Vital statistics of India. Vol. IV, Annual returns from 1871 to 1876. British Army of India, Native Army and jails of Bengal
Year: 1871
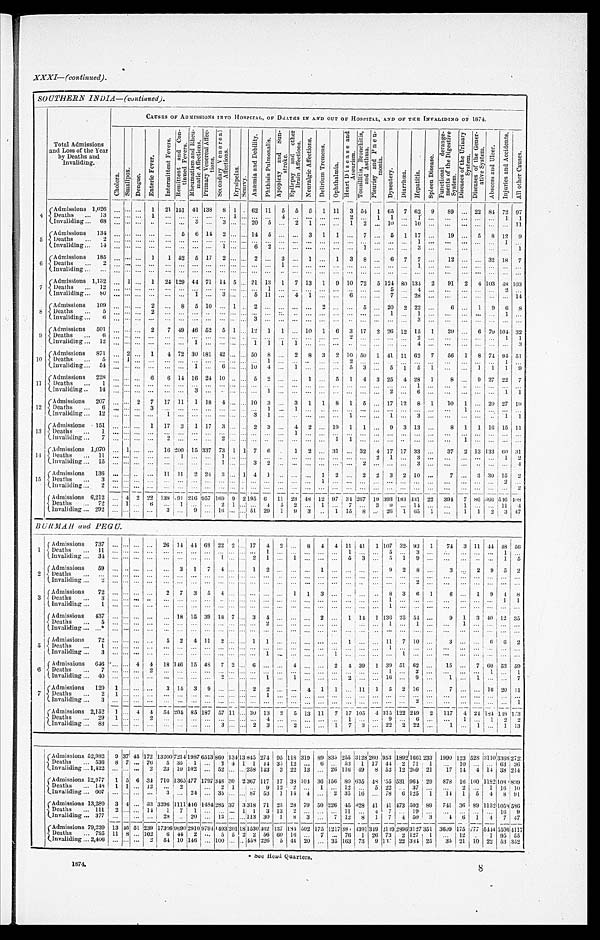
1874.
8
XXXI—(continued).
SOUTHERN INDIA— (continued).
Total Admissions
and Loss of the Year
by Deaths and
Invaliding.
CAUSES OF ADMISSIONS INTO HOSPITAL, OF DEATHS IN AND OUT OF HOSPITAL, AND OF THE INVALIDING, OF 1874.
C h o l e r a .
S m a l l p o x .
D e n g u e .
E n t e r i c F e v e r .
I n t e r m i t t e n t F e v e r s .
R e m i t t e n t a n d C o n - t i n u e d F e v e r s . R h e u m a t i s m a n d R h e u - m a t i c A f f e c t i o n s .
P r i m a r y V e n e r e a l A f f e c - t i o n s .
S e c o n d a r y V e n e r e a l A f f e c t i o n s .
Er y s i p e l a s .
S c u r v y .
A n æ m i a a n d D e b i l i t y . P h t h i s i s P u l m o n a l i s . A p o p l e x y a n d S u n - s t r o k e .
E p i l e p s y a n d o t h e r B r a i n A f f e c t i o n s .
N e u r a l g i c A f f e c t i o n s .
D e l i r i u m T r e m e n s .
O p h t h a l m i a .
H e a r t D i s e a s e a n d A n e u r i s m .
T o n s i l l i t i s , B r o n c h i t i s , a n d A s t h m a .
P l e u r i s y a n d P n e u - m o n i a .
D y s e n t e r y .
D i a r r h œ a . Hepat i t i s.
S p l e e n D i s e a s e .
F u n c t i o n a l d e r a n g e - m e n t s o f t h e D i g e s t i v e S y s t e m .
D i s e a s e s o f t h e U r i n a r y S y s t e m .
D i s e a s e s o f t h e G e n e r - a t i v e S y s t e m .
A b s c e s s a n d U l c e r .
I n j u r i e s a n d A c c i d e n t s .
A l l o t h e r C a u s e s .
4
Admissions 1,026
. . .
. . . . . .
1
21 151 41 138
8 1
. . . 62 11
5
5
5
1 11
3 54 1 65
7 62
9
89 . . . 22 84 72 97
Deaths . . .
13
. . .
. . .
. . . 1
. . .
. . .
. . .
. . .
. . . 1
. . .
. . .. . .
4
. . .
. . . . . . . . .
2
. . . 1
1
. . .
1
. . .
. . .
. . .
. . .
. . . 1
1
Invaliding . . .
6 8 . . .
. . . . . .
. . .
. . .
. . .
3
. . .
3
. . . . . .
2 0
5
. . .
2
1 . . . . . .
1
2
. . .
1 0
. . .
1 0
. . .
. . .
. . .
. . .
. . . . . .
1 1
5
Admissions
134
. . .
. . . . . .
. . .
. . .
5 6 14
2
. . .
. . . 14
5
. . .
. . . 3
1
1
. . .
7
. . . 5
1 17
. . .
19 . . .
5
8 12
9
Deaths . . .
2
. . .
. . . . . .
. . .
. . .
. . .
. . .
. . .
. . .
. . .
. . .
. . . . . .
. . .
. . .
. . . . . .
. . .
. . .
. . .
. . .
. . .
. . .
1
. . .
. . .
. . .
. . .
. . . 1
. . .
Invaliding . . .
1 4 . . .
. . .. . .
. . .
. . .
. . .
. . .
. . .
1
. . . . . .
6 2
. . .
. . .
. . . . . . . . .
. . .
1
. . .
. . .
. . .
3
. . .
. . .
. . .
. . .
. . . . . .
1
6
Admissions
185
. . .
. . . . . .
1
1 52
5 17
2
. . .
. . .
2 . . .
3
. . .
1 . . .
1
3
8
. . . 6
7
7
. . .
12
. . . . . . 32 18
7
Deaths . . .
2 . . .
. . .. . .
. . .
. . .
. . .
. . .
. . .
. . .
. . . . . .
. . .. . .
1
. . .
. . . . . . . . .
. . .
. . .
. . .
. . .
. . .
1
. . .
. . .
. . .
. . .
. . . . . .
. . .
Invaliding . . .
. . . . . .
. . .. . .
. . .
. . .
. . .
. . .
. . .
. . .
. . . . . .
. . .. . .
. . .
. . .
. . . . . . . . .
. . .
. . .
. . .
. . .
. . .
. . .
. . .
. . .
. . .
. . .
. . . . . .
. . .
7
Admissions 1,132
. . .
1 . . .
1
24 129 44 71 14 5
. . . 21 13
1
7 13
1
9 10 72
5 124 80 134
2
91
2
4 103 48 103
Deaths . . .
12
. . .
. . . . . .
. . .
. . .
. . .
. . .
. . .
. . .
. . .
. . .
. . . 1
. . .
. . .
. . . . . .
. . .
. . .
. . .
. . .
5
. . .
4
. . .
. . .
. . .
. . .
. . . 2
. . .
Invaliding . . . 80
. . .
. . . . . .
. . .
. . .
. . .
1
. . .
3
. . .
. . .
5 11
. . . 4
1 . . . . . .
6
. . .
. . .
7
. . .
2 8
. . .
. . .
. . .
. . .
. . . . . .
1 4
8
Admissions
109
. . . . . . . . .
2
. . . 8
5 10
. . . 1
. . . 2 . . .
. . .
. . .
. . .
2
. . .
. . . 5
. . . 20
2 22
. . .
6
. . .
1
9
6
8
Deaths . . .
5 . . .
. . . . . .
2
. . .
. . .
. . .
. . .
. . .
. . . . . .
. . .. . .
. . .
. . .
. . .. . . . . .
. . .
. . .
. . .
1
. . .
1
. . .
. . .
. . .
. . .
. . . 1
. . .
Invaliding . . .
6
. . .
. . . . . .
. . .
. . .
. . .
. . .
. . .
. . .
. . . . . .
3 . . .
. . .
. . .
. . .. . . . . .
. . .
. . .
. . .
. . .
. . .
3
. . .
. . .
. . .
. . .
. . . . . .
. . .
9
Admissions
501
. . .
. . . . . .
2
7 49 46 52
5 1
. . . 12
1
1
. . . 10
1
6
3 17
2 26 12 15
1
20
. . . 6 70 104 32
Deaths . . .
6 . . .
. . .. . .
. . .
. . .
. . .
. . .
. . .
. . . . . .
. . .
. . .
. . .
. . .
. . .
. . .
. . .. . .
2
. . .
. . .
. . .
. . .2
. . .
. . .
. . .
. . .
. . .1
1
Invaliding . . .
1 2 . . .
. . .. . .
. . .
. . .
. . .
1
. . .
. . . . . .
. . .
1
1
1
1
. . .
. . .. . .
. . .
. . .
. . .
. . .
. . .4
. . .
. . .
. . .
. . .
. . .. . .
3
10
Admissions
871
. . . 2 . . .
1
4 72 30 181 42 . . .
. . . 50
8
. . . 2
8
3
2 10 50
1 41 11 62
7
56
1
8 74
94 51
Deaths . . .
5 . . .
1 . . .
. . .
. . .
. . .
. . .
. . .
. . . . . .
. . .
. . .
1
. . .
. . .
. . .
. . .. . .
2
. . .
. . .
. . . . . . . . .
. . .
. . .
. . .
. . .
. . .1
. . .
Invaliding . . .
54
. . .
. . .. . .
. . .
. . .
. . . 1
. . .
6 . . .
. . . 10
4
. . .
1
. . .
. . .
. . .
5
3
. . .
5
1
5
1
. . .
. . .
1
1
1
9
11
Admissions
228
. . .
. . . . . .
6
6 14 16 24 10 . . .
. . . 5
2
. . .
. . .
1
. . .
5
1
4
3 25
4 28
1
8
. . .
9 27 22
7
Deaths . . .
1 . . .
. . .. . .
. . .
. . .
. . .
. . .
. . .
. . . . . .
. . .
. . .
. . .
. . .
. . .
. . .
. . .. . .
. . .
. . .
. . .
. . .
. . .1
. . .
. . .
. . . . . .
. . . . . .
. . .
Invaliding . . .
1 4 . . .
. . .. . .
. . .
. . .
. . .
3
. . .
. . . . . .
. . .
. . .
1
. . .
. . .
. . .
. . .. . .
. . .
. . .
. . .
2
. . .6
. . .
. . .
. . .
. . .
. . .
1
1
12
Admissions
207
. . .
. . . 2
7
17 11
1 18
4 . . .
. . . 10
3
. . .
3
1
1
8
1
5
. . . 17 12
8
1
10
1
. . .
20 27 19
Deaths . . .
6
. . .
. . .. . .
3
. . .
. . .
. . .
. . .
. . .. . .
. . .
. . .
1
. . .
1
. . .
. . .. . .
. . .
. . .
. . .
. . .
. . .. . .
. . .
. . .
1
. . .
. . .. . .
. . .
Invaliding . . .
1 2 . . .
. . .. . .
. . .
1
. . .
. . .
. . .
. . .. . .
. . .
3
1
. . .
. . .
. . .
. . .. . .
1
. . .
. . .
1
. . .3
. . .
. . .
. . .
. . .
. . . 1
1
13
Admissions
151
. . .
. . .. . .
1
17
3
1 17
3 . . .
. . . 2
3
. . .
4
2
. . . 19
1
1
. . . 9
3 13
. . .
8
1
1 16 15 11
Deaths . . .
1 . . .
. . .. . .
. . .
. . .
. . .
. . .
. . .
. . . . . .
. . .
. . .
. . .
. . .
1
. . .
. . .. . .
. . .
. . .
. . .
. . .
. . .. . .
. . .
. . .
. . .
. . .
. . .. . .
. . .
Invaliding . . .
7
. . .
. . .. . .
. . .
2
. . .
. . .
. . .
2 . . .
. . .
. . .
. . .
. . .
. . .
. . .
. . .1
1
. . .
. . .
. . .
. . .. . .
. . .
. . .
1
. . .
. . .. . .
. . .
14
Admissions 1,070
. . .
1 . . .
. . .
16 200 15 337 73 1 1 7
6
. . .
1
2
. . . 31
. . . 32
4 17 17 33
. . .
37
2 13 133 60 31
Deaths . . .
11
. . .
. . . . . .
. . .
. . .
1
. . .
. . .
1 . . .
. . .
. . .
. . .
. . .
. . .
. . .
. . .. . .
. . .
. . .
2
1
. . .3
. . .
. . .
. . .
. . .
. . .1
2
Invaliding . . .
15
. . .
. . . . . .
. . .
. . .
. . .
. . .
. . .
1 . . .
. . .
3
2
. . .
. . .
. . .
. . .. . .
. . .
2
. . .
. . .
. . .3
. . .
. . .
. . .
. . .
. . .. . .
4
15
Admissions
136
. . .
. . . . . .
. . .
11 11
2 24
3 . . . 1 4
1
. . .
. . .
. . .
1
2
. . . 2
2
3
2 10
. . .
7
. . . 3 30 15
2
Deaths . . .
3
. . .
. . . . . .
. . .
. . .
. . .
. . .
. . .
. . . . . . . . .
. . .
. . .
. . .
. . .
. . .
1 . . .
. . .
. . .
. . .
. . .
. . .. . .
. . .
. . .
. . .
. . .
. . . 2
. . .
lnvaliding
. . .
2 . . .
. . .. . .
. . .
. . .
. . .
. . .
. . .
. . . . . .
. . .
. . .
. . .
. . .
. . .
. . .
. . .. . .
. . .
. . .
. . .
. . .
. . .. . .
. . .
. . .
. . .
. . .
. . . . . . 2
Admissions 6,212
. . . 4 2 22 138
9 4 216 957 169 9 2 195 6
11 23 48 12 97 34 267 19
393
1 8 3
431 22
394
7 86 666 546 408
Deaths . . .
72
. . .
1 . . .
6
. . .
1
. . .
. . .
2 1
. . .
. . . 4
5
2
. . .
1
. . . 7
. . . 3
9
. . . 14
. . .
. . .
1
. . .
. . . 11
4
Invaliding . . .
292 . . .
. . . . . .
. . .
3
. . .
9
. . . 16 . . .
. . . 51 29
1
9
3
. . .
1 15
8
. . . 26
1 65
1
. . .
1
1
2
3
4 7
BURMAH and PEGU.
1
Admissions
737
. . .
. . .
. . .
. . . 26 14 44 68 22 2
. . .
17
4
2
. . .
8
4
4 11 41
1 107 32. 93
1
74
3 11 44 48 56
Deaths . . .
1 1
. . .
. . . . . .
. . .
. . .
. . . . . . . . .
. . .. . .
. . .. . .
1 . . .
. . .
. . .. . .
. . .
1
. . .
. . .
5
. . .3
. . .
. . .
. . .
. . .
. . .1
. . .
Invaliding . . .
34
. . . . . . . . .
. . .
. . . . . . . . . . . .
1 . . .
. . .2
1 . . .
1
. . .. . .
. . .
5
3
. . .
5
1 9
. . .
. . .
. . .
. . .
. . .1
5
2
Admissions
59
. . . . . .
. . .
. . .
. . .
3
1
7
4 . . .
. . . 1
2
. . .
. . .
. . .
1
. . .
. . .
. . .
. . . 9
2
8
. . .
3
. . .
2
9
5
2
Deaths . . .
. . .
. . .
. . . . . .
. . .
. . .
. . . . . . . . .
. . . . . .
. . . . . .
. . .
. . .
. . .
. . . . . .
. . .
. . .
. . .
. . .
. . .
. . . . . .
. . .
. . .
. . .
. . .
. . . . . . . . .
Invaliding . . .
2
. . .
. . . . . .
. . .
. . .
. . . . . . . . .
. . . . . .
. . . . . .
. . . . . .
. . .
. . . . . .
. . .
. . . . . .
. . .
. . .
. . . 2
. . .
. . .
. . . . . .
. . . . . . . . .
3
Admissions
72
. . .
. . .. . .
. . .
2
7 3
5
4
. . .
. . . . . .
. . .
1
1
1 3
. . .
. . . . . .
. . .
8
3
6
1
6
. . . 1
9
4
8
D e a t h s . . .
3
. . . . . .. . .
. . .
. . .
. . . . . . . . .
. . .. . . . . . . . .
. . . . . .
. . .
. . . . . .
. . .
. . .
. . .
. . .
1
. . .. . .
. . .
. . .
. . .
. . .
. . . 1 1
I n v a l i d i n g . . .
1
. . .
. . . . . .
. . .
. . . . . . . . . . . .
. . .. . .
. . . . . .
. . . . . .
. . .
. . . . . .
. . .
. . . . . .
. . .
1
. . .. . .
. . .
. . .
. . .
. . .
. . . . . .. . .
Admissions
437
. . .
. . .. . .
. . .
. . . 18 15 39 18 7
. . . 3
4 . . .
. . .
. . . 2
. . .
1 14
1 136 25 54
. . .
9
1
3 40 12 35
Deaths . . .
5
. . .
. . .. . .
. . .
. . .
. . .. . . . . .
. . .. . .
. . . . . .
2 . . .
. . .
. . .. . .
. . .
. . .
. . .
. . .
1
. . .1
. . .
. . .
1
. . .
. . .. . . . . .
Invaliding . . .*
. . .
. . . . . .. . .
. . .
. . .
. . .. . . . . .
. . .. . .
. . . . . .
. . . . . .
. . .
. . .. . .
. . .
. . .
. . .
. . .
. . .
. . . . . .
. . .
. . .
. . .
. . . . . . . . . . . .
5
Admissions
72
. . . . . .. . .
. . .
5
2 4
11
2 . . .
. . . 1
1 . . .
. . .
. . .. . .
. . .
1
. . .
. . . 11
7 10
. . .
3
. . .
. . .
6
6
2
Deaths . . .
1
. . . . . .. . .
. . .
. . .
. . .. . . . . .
. . .. . .
. . . . . .
. . . . . .
. . .
. . .. . .
. . .
. . .
. . .
. . .
1
. . .. . .
. . .
. . .
. . .
. . .
. . .. . .
. . .
Invaliding . . .
3
. . . . . . . . .
. . .
. . .
. . .. . . . . .
. . .. . .
. . . . . .
1 . . .
. . .
. . .. . .
1
. . .
. . .
. . .
. . .
1 . . .
. . .
. . .
. . .
. . .
. . .. . .
. . .
6
Admissions
646
. . .
. . . 4
4
18 146 15 48
7 2
. . .
6
. . . . . .
4
. . . . . .
2
4 39
1 39 51 62
. . .
15
. . .
7 60 53 59
Deaths . . .
7
. . . . . . . . .
2
. . .
. . .. . . . . .
. . .. . .
. . . . . .
. . . . . .
. . .
. . .. . .
. . .
. . .
. . .
. . .
1
. . .2
. . .
. . . . . .
. . .
1 . . . 1
Invaliding . . .
4 0
. . . . . . . . .
. . .
. . .
. . .. . . . . .
2 . . .
. . . . . .
1 . . .
1
. . .. . .
. . .
2
. . .
. . .
1 6
. . .9
. . .
1 . . .
1
. . .. . . 7
7
Admissions
129
1
. . . . . .
. . .
3 14
3
9
. . . . . .
. . . 2
2 . . .
. . . 4
1
1
. . . 11
1
5
2 16
. . .
7
. . .
. . . 16 20 11
Deaths . . .
2
1
. . . . . .
. . .
. . .
. . .
. . . . . .
. . . . . .
. . . . . .
1 . . .
. . .
. . .. . .
. . .
. . .
. . .
. . .
. . .
. . .. . .
. . .
. . . . . .
. . .
. . .
. . . . . .
Invaliding . . .
3
. . .
. . . . . .
. . .
. . . . . .
. . .. . .
. . .. . .
. . .. . .
. . . . . .
. . .
. . .. . .
. . .
. . .
. . .
. . .
. . .
. . .2
. . .
. . . . . .
. . .
. . . . . .1
Admissions 2,152
1
. . . 4
4
5 4 204 85 187 57 11
. . . 30 13
2
5 13 11
7 17 105
4 315 122 249
2
117
4 24 184 148 173
Deaths . . .
29
1
. . . . . .
2
. . .
. . .
. . . . . .
. . . . . .
. . . . . .
4 . . .
. . .
. . . . . .
. . .
1
. . .
. . .
9
. . . 6
. . .
. . . 1
. . .
1
2 2
Invaliding. . .
83
. . .
. . . . . .
. . .
. . .
. . . . . .. . .
3 . . .
. . .2
3 . . .
2
. . .. . .
1
7
3
. . .
2 2
2 22
. . .
1
. . .
1
. . .1
13
Admissions 52,982
9
37 45
1 7 2
1 3 2 0 0
7 2 1 41
9 8 7
6513
8 6 0 134
1 3
845
2 7 4 95
1 1 8
3 1 9 89 835
2 5 5
3 1 2 8
2 6 0
953 1892 1661 233 1990
1 2 3
528
3 1 1 0
3368
2725
Deaths . . . 536
8 7 . . . 76
5 35
1 . . .
3
4 1 1 44
35 12
. . . 6
. . . 53
1 17
4 4 2 71
1
. . .
1 0
. . . . . .
63 36
Invaliding . . . 1,422 . . . . . . . . .
2
23 10 102 . . . 52 . . .
. . .
258 143
3 22 13 . . . 26 116 49
8 52 12 269 21
17
1 4 4 14 38 214
Admissions 12,977
1 5 6 34 710 1365 477 1797 348 30 2 367 117 17 38 104 36 156 80 635 48 55 531 964 29
8 7 8 16 160 1182
1 0 8 9
809
Deaths . . . 148
1 1 . . . 12
. . . 2
. . . . . .
2 1
. . .. . .
9 12
2
. . .
1
. . . 12
. . .
5 22
. . . 37
. . .
. . .
2
. . .
1 16 10
Invaliding . . . 607 . . . . . . . . .
. . .
3
. . . 24
. . .
35 . . .
. . . 87 53
1 14
4 . . .
2 35 16
. . . 78
6
125
1
14
1
5
4
8 91
Admissions 13,280
3 4 . . . 33 3396 1111
446 1484
2 8 5
37 3 318 71 25 28 79 50 226 45
< i l l e g i b l e > 2 8 41
4 1 473 502 89
741 36 89 1152 1058
586
D e a t h s . . .
1 1 1
2
. . . . . .
1 4
1
7
1 . . .
. . .. . .
1
1
3
13
2
. . .. . .
. . .
11
. . .
4
7
. . . 19
. . .
. . .
. . .
. . .
. . .
16
9
I n v a l i d i n g . . .
3 7 7 . . .
. . . . . .
. . .
2 8
. . . 20 . . .
1 3 . . .
. . .113
3 0 1
8 3 . . .
7
1 2 8
1
7 4 50
3
4 6
1
4
7 47
A d m i s s i o n s
7 9 , 2 3 913 46 51
2 3 9
1 7 3 0 6
9 6 9 0 29109794 1493 201 18 1530
4 6 2137
1 8 4 502 175 1217
3 8 < i l l e g i b l e >
4 3 9 1
3 4 9
2 1 4 9
2 8 9 6 3127
3 5 1 3609175
7 7 7
5444
5 5 0 6
4117
D e a t h s . . .
7 9 5 11 8 . . .
1 0 2
6
4 4
2
. . .
5 5
2 2
5 6 60
1 6
. . .7
. . .
7 6
1
2 6
7 3
2 127
1
. . . 1 2
. . . 1
9 5 55
Invaliding . . . 2,406 . . . . . . . . .
2
54
1 0 146
. . . 100 . . .
. . .
458
2 2 6 5 44 20 . . .
3 5 163 73
9 13<i l l egi bl e>
2 2 384 25
3 5 21
1 0
22
5 3
352